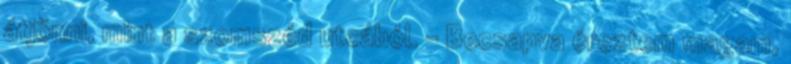
átjönni, mint a szomszéd utcából. - Becsapva éreztem magam,